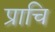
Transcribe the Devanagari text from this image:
प्राचि